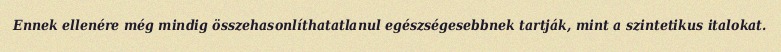
Ennek ellenére még mindig összehasonlíthatatlanul egészségesebbnek tartják, mint a szintetikus italokat.